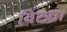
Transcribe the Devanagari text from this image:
विठ्या